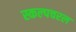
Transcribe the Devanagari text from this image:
स्‍कल्‍पचरल